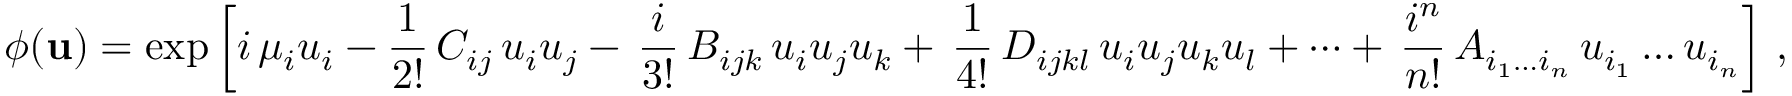
\phi ( { \bf u } ) = \exp \left[ i \, \mu _ { i } u _ { i } - { \frac { 1 } { 2 ! } } \, C _ { i j } \, u _ { i } u _ { j } - \, { \frac { i } { 3 ! } } \, B _ { i j k } \, u _ { i } u _ { j } u _ { k } + \, { \frac { 1 } { 4 ! } } \, D _ { i j k l } \, u _ { i } u _ { j } u _ { k } u _ { l } + \dots + \, { \frac { i ^ { n } } { n ! } } \, A _ { i _ { 1 } \dots i _ { n } } \, u _ { i _ { 1 } } \dots u _ { i _ { n } } \right] \, ,